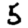
Digit: 5